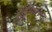
સમાયોજન